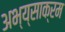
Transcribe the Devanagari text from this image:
अभ्य्साक्रम